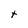
Character: t